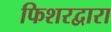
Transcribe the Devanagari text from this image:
फिशरद्वारा